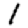
Digit: 1